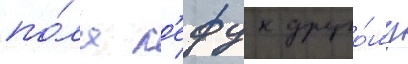
по́ла л'ефу к друго́му